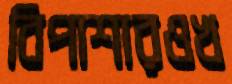
বিপাশারওখ